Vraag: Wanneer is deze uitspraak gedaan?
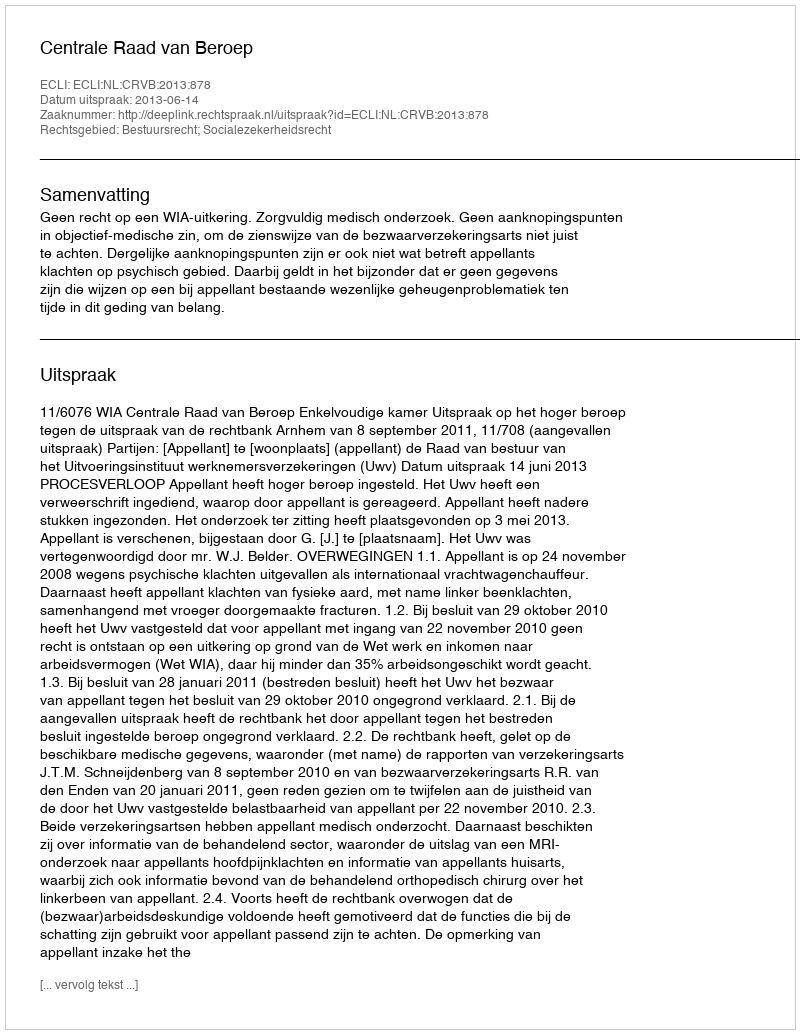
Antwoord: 2013-06-14